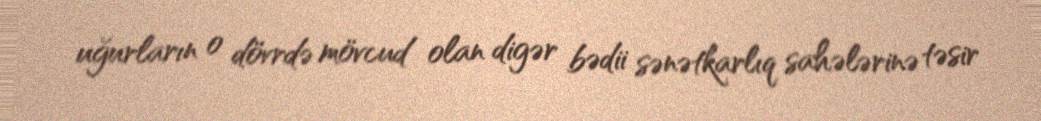
uğurların o dövrdə mövcud olan digər bədii sənətkarlıq sahələrinə təsir